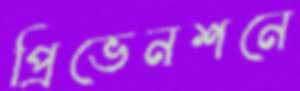
প্রিভেনশনে